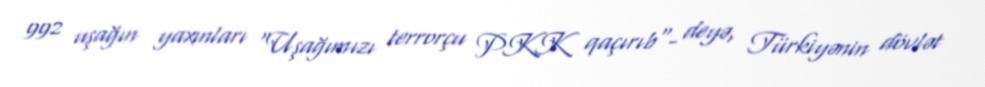
992 uşağın yaxınları "Uşağımızı terrorçu PKK qaçırıb"- deyə, Türkiyənin dövlət